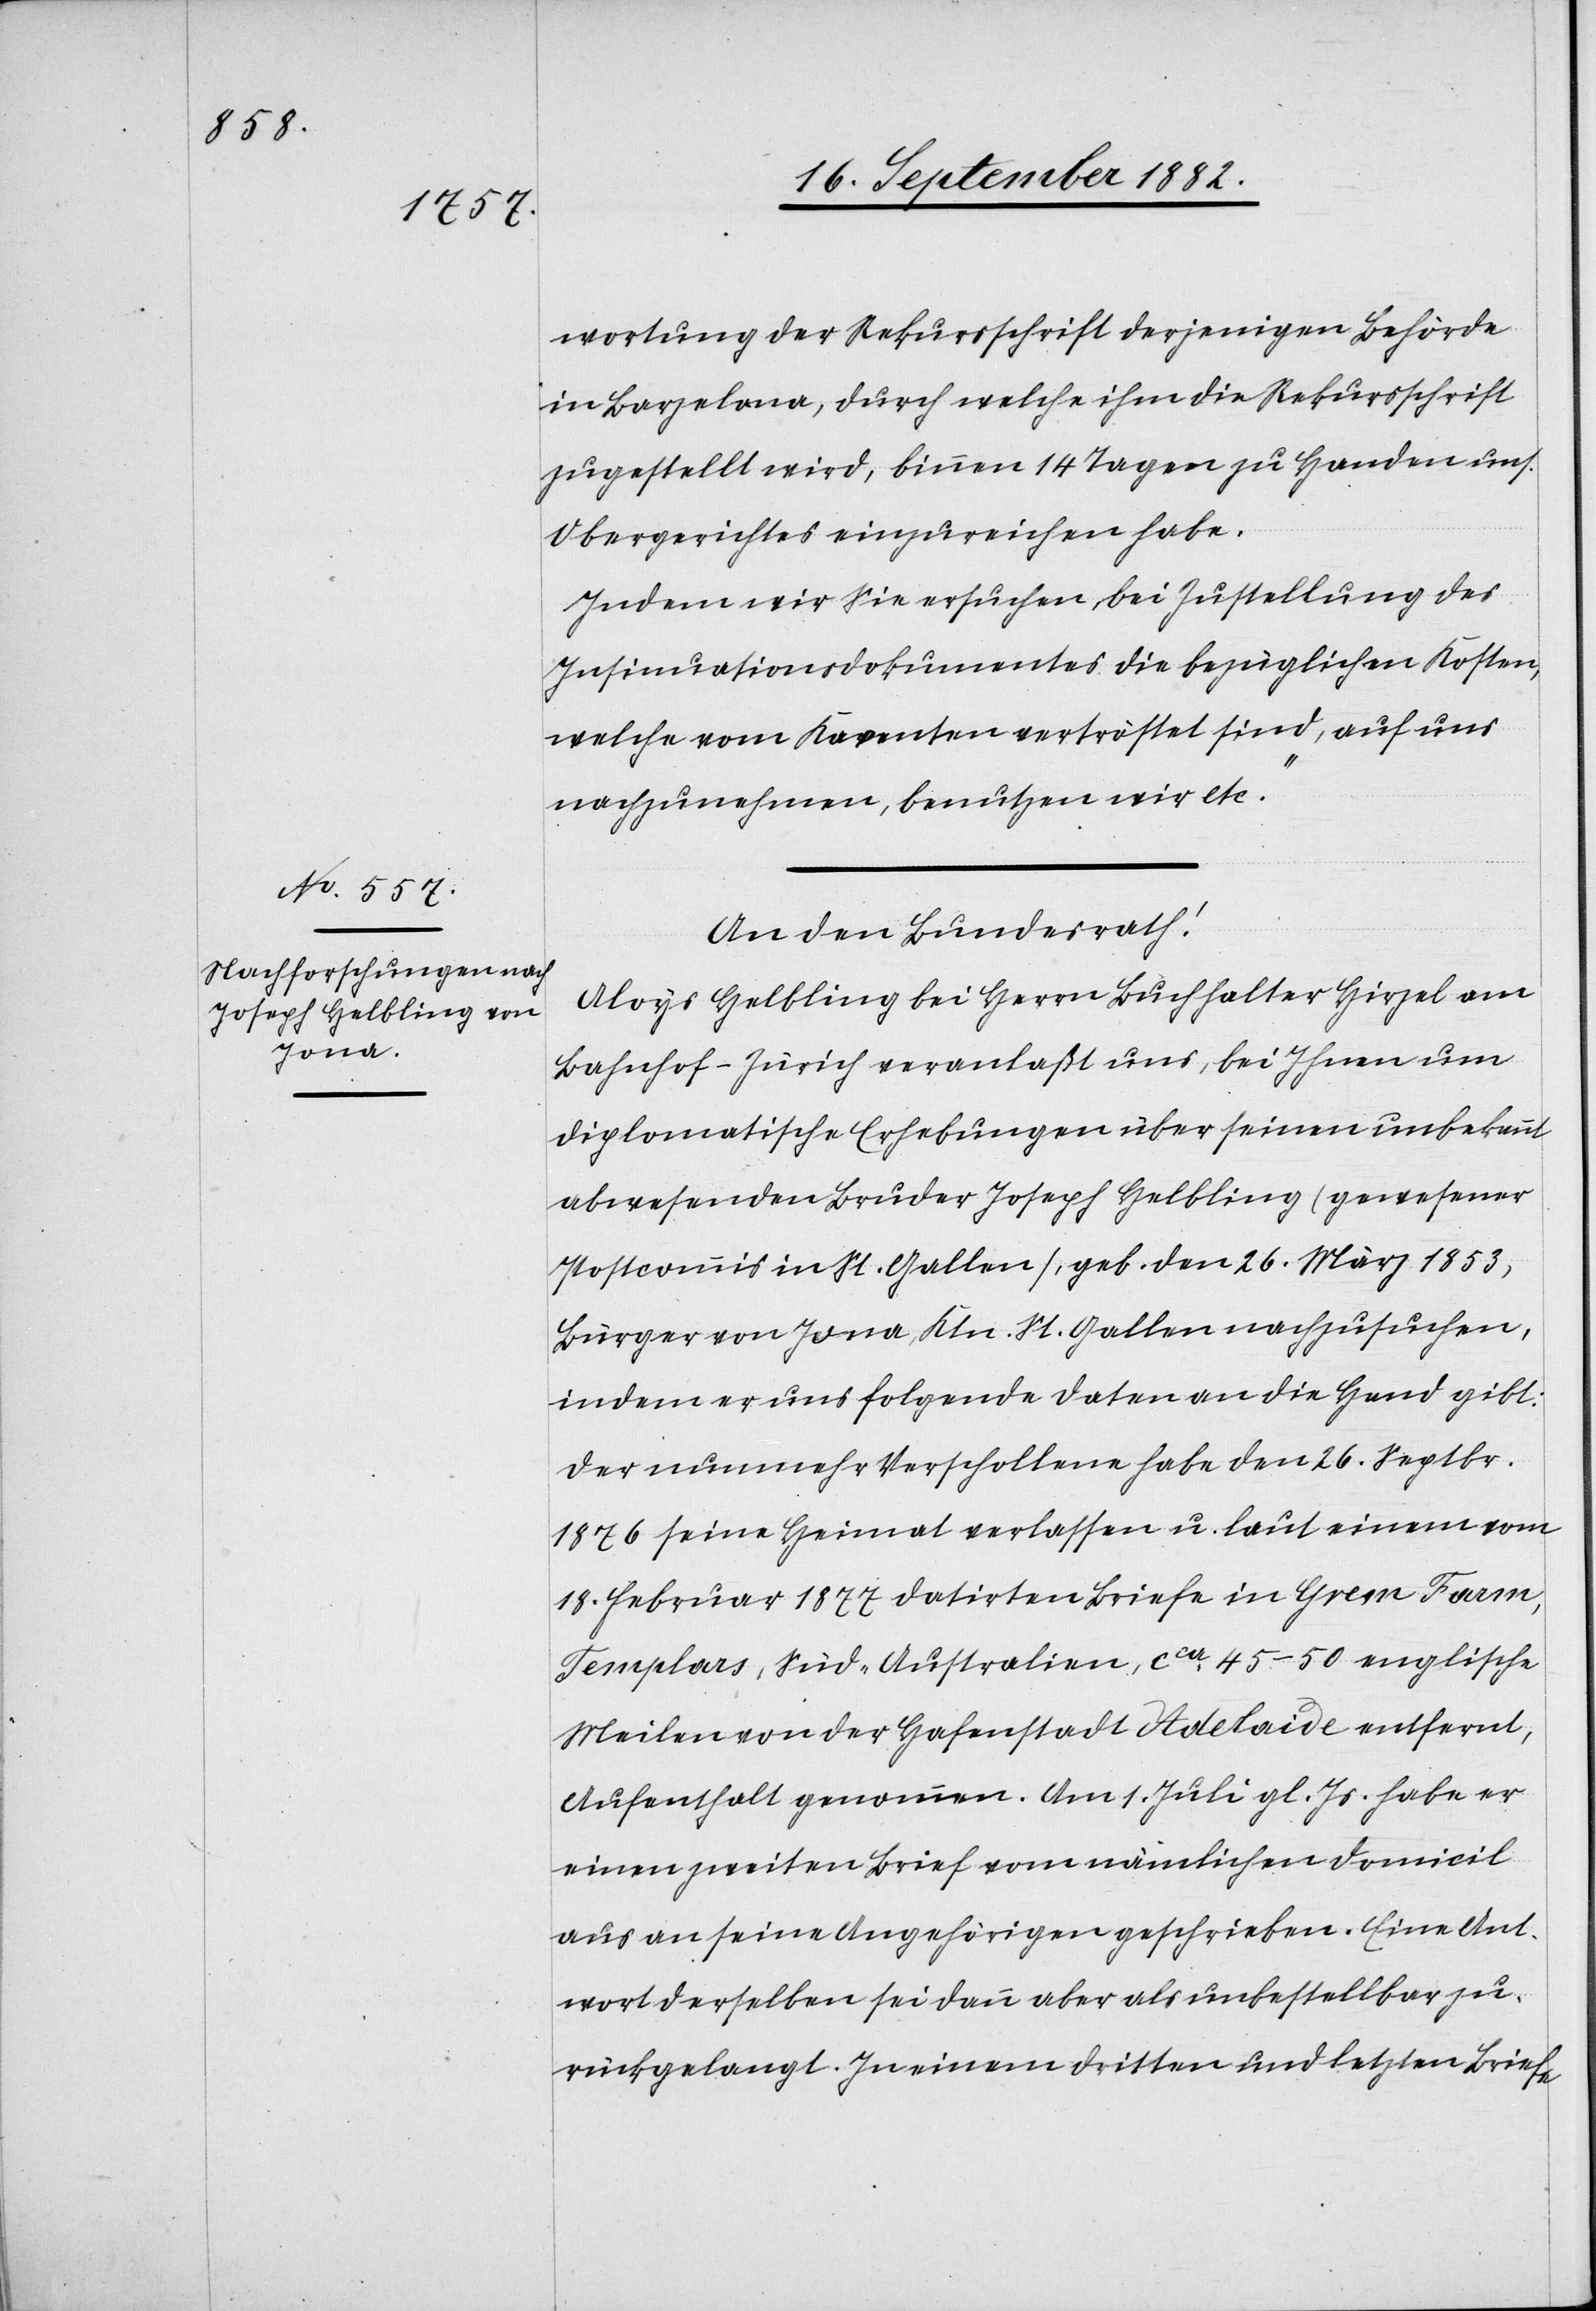
wortung der Rekursschrift derjenigen Behörde
in Barzelona, durch welche ihm die Rekursschrift
zugestellt wird, binnen 14 Tagen zu Handen uns.
Obergerichtes einzureichen habe.
Indem wir Sie ersuchen, bei Zustellung des
Insinuationsdokumentes die bezüglichen Kosten,
welche vom Karenten vertröstet sind, auf uns
nachzunehmen, benutzen wir etc.“
An den Bundesrath:
Aloys Helbling bei Herrn Buchhalter Hirzel am
Bahnhof - Zürich veranlaßt uns, bei Ihnen um
diplomatische Erhebungen über seinen unbekannt
abwesenden Bruder Joseph Helbling (gewesener
Postcommis in St. Gallen), geb. den 26. März 1853,
Bürger von Jona, Kt. St. Gallen nachzusuchen,
indem er uns folgende Daten an die Hand gibt:
Der nunmehr Verschollene habe den 26. Septbr.
1876 seine Heimat verlassen u. laut einem vom
18. Februar 1877 datirten Briefe in Grem Farm,
Templars, Süd-Australien, ca 45–50 englische
Meilen von der Hafenstadt Adelaide entfernt,
Aufenthalt genommen. Am 1. Juli gl. Js. habe er
einen zweiten Brief vom nämlichen Domicil
aus an seine Angehörigen geschrieben. Eine Ant¬
wort derselben sei dann aber als unbestellbar zu¬
rückgelangt. In einem dritten und letzten Briefe